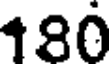
180